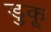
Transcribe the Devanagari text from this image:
डुकू